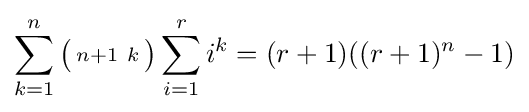
\sum _{k=1}^{n}{\bigl (}{\begin{smallmatrix}n+1\ k\end{smallmatrix}}{\bigr )}\sum _{i=1}^{r}i^{k}=(r+1)((r+1)^{n}-1)